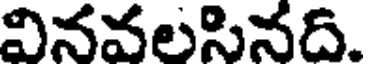
వినవలసినది.